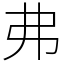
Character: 弗